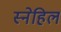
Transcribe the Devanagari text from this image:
स्नेहिल